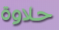
حلاوة